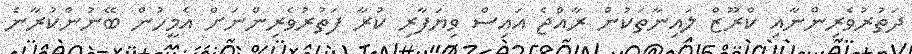
ދަތުރުވެރިންނާއި ކްރޫޒް ލައިނާތަކުން ރާއްޖެ އައިސް ވިޔަފާރި ކުރާ ފަތުރުވެރިންނަށް އެމީހުން ބޭނުންކުރާނެ